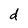
Character: d